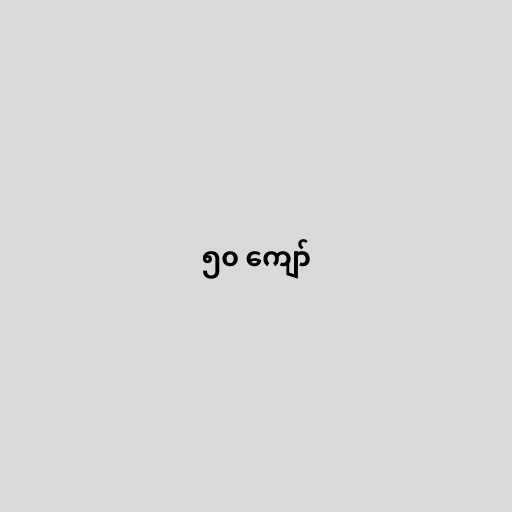
၅၀ ကျော်